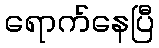
ရောက်နေပြီ